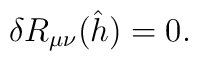
\delta R_{\mu\nu}(\hat h) = 0.